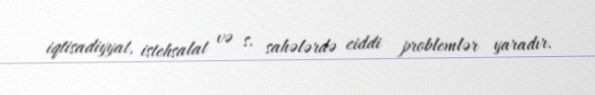
iqtisadiyyat, istehsalat və s. sahələrdə ciddi problemlər yaradır.